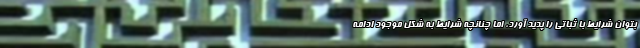
بتوان شرایط با ثباتی را پدید آورد، اما چنانچه شرایط به شکل موجود ادامه